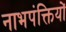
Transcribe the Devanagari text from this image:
नाभपंक्तियों